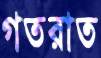
গতরাত